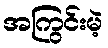
အကြွင်းမဲ့